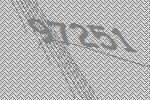
97251